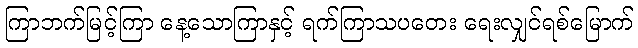
ကြာဘက်မြင့်ကြာ နေ့သောကြာနှင့် ရက်ကြာသပတေး ရေးလျှင်ရစ်မြောက်